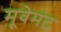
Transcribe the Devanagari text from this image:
मूवेमंट